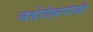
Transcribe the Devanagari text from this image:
बडोदेकरांची